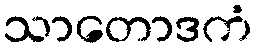
သာတောဒကံ